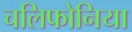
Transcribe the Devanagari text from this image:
चलिफोनिया